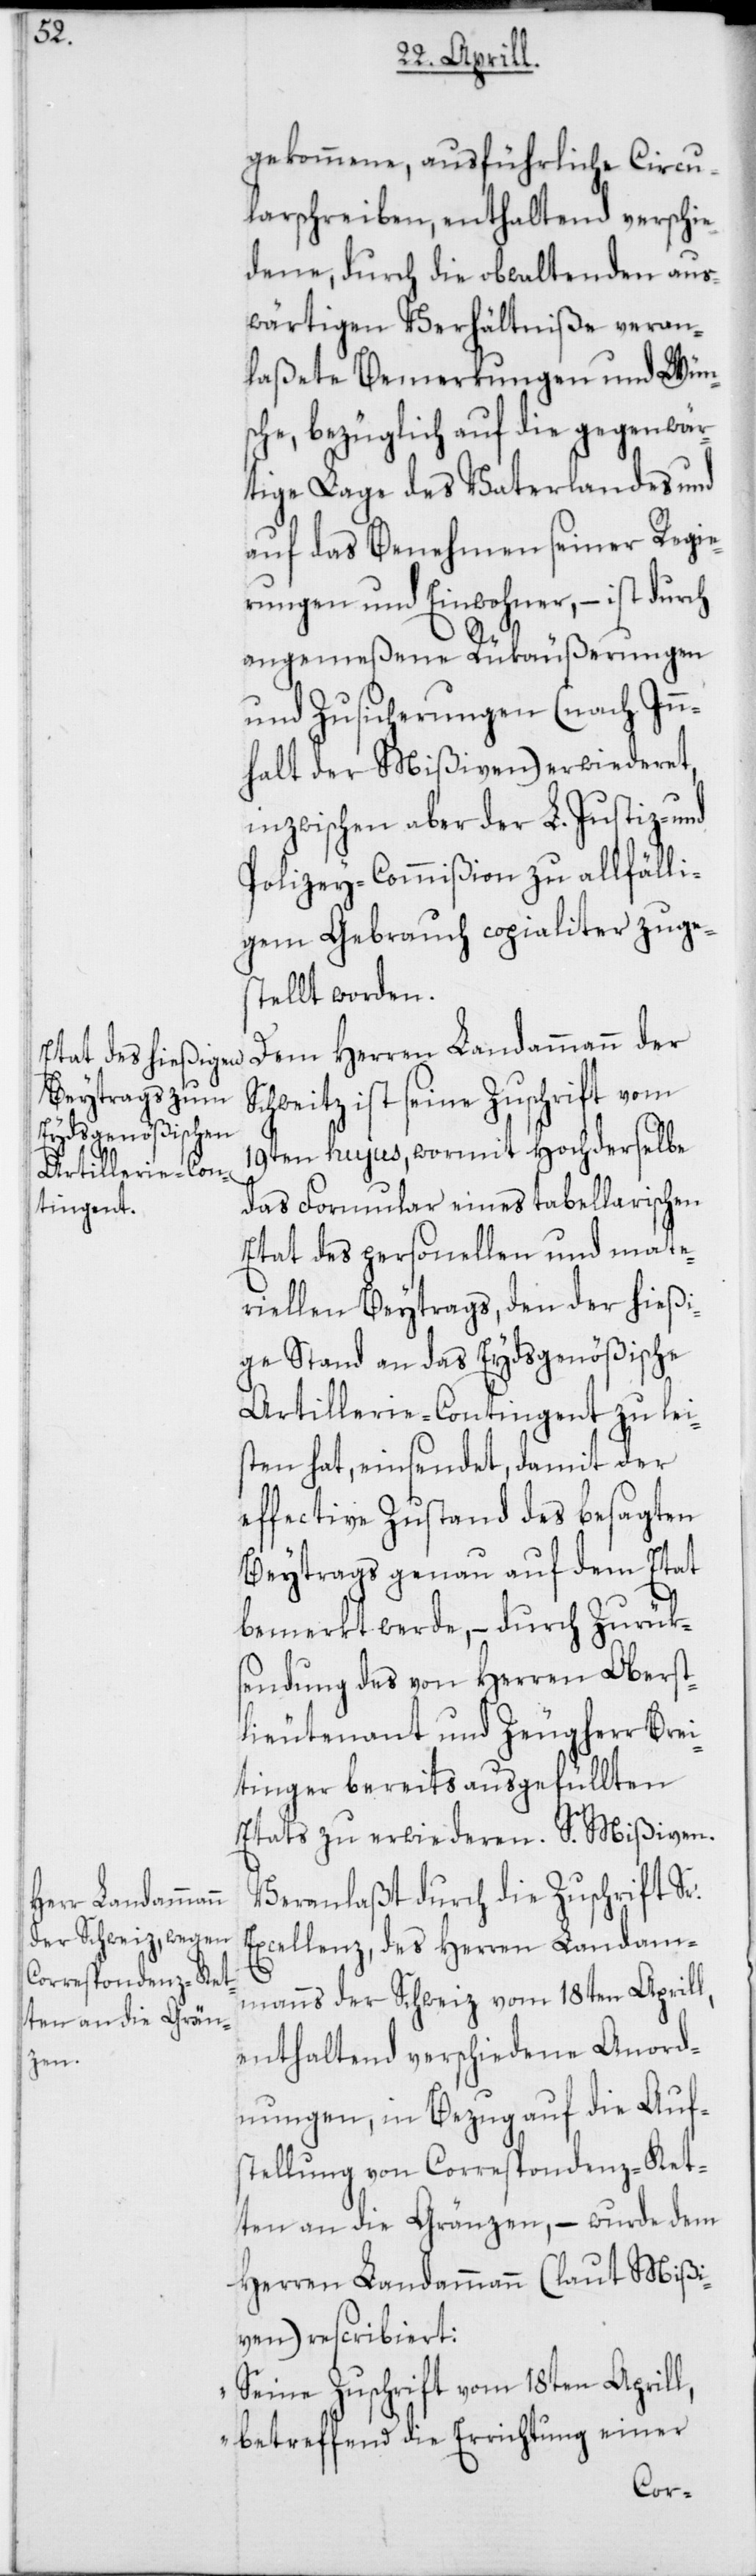
gekommene, ausführliche Circu¬
larschreiben, enthaltend verschie¬
dene, durch die obwaltenden aus¬
wärtigen Verhältniße veran¬
laßete Bemerkungen und Wün¬
sche, bezüglich auf die gegenwär¬
tige Lage des Vaterlandes und
auf das Benehmen seiner Regie¬
rungen und Einwohner, – ist
angemeßene Rükäußerungen
und Zusicherungen (nach Inn¬
halt der Mißiven) erwiederet,
inzwischen aber der L. Justiz- und
Polizey-Commißion zu allfälli¬
gem Gebrauch copialiter zuge¬
stellt worden.
Dem Herren Landammann der
ist seine Zuschrift vom
19ten hujus, wormit Hochderselbe
das Formular eines tabellarischen
Etat des personellen und mate¬
riellen Beytrags, den der hießi¬
ge Stand an das Eydsgenößische
Artillerie-Contingent zu lei¬
sten hat, einsendet, damit der
effective Zustand des besagten
Beytrags genau auf dem Etat
bemerkt werde, – durch Zurük¬
sendung des von Herren Oberst¬
lieutenant und Zeugherr Brei¬
tinger bereits ausgefüllten
Etats zu erwiederen. S. Mißiven.
Veranlaßt durch die Zuschrift Sr.
Excellenz, des Herren Landam¬
manns der Schweiz vom 18ten Aprill,
enthaltend verschiedene Anord¬
nungen, in Bezug auf die Auf¬
stellung von Correspondenz-Ket¬
ten an die Gränzen, – wurde dem
Herren Landammann (laut Mißi¬
ven) rescribiert:
„Seine Zuschrift vom 18ten Aprill,
betreffend die Errichtung einer